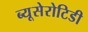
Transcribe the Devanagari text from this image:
ब्यूसेरोटिडी